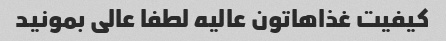
کیفیت غذاهاتون عالیه لطفا عالی بمونید